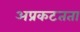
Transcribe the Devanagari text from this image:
अप्रकटतता